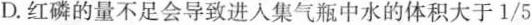
D.红磷的量不足会导致进入集气瓶中水的体积大于1/5